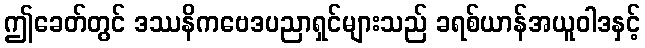
ဤခေတ်တွင် ဒဿနိကဗေဒပညာရှင်များသည် ခရစ်ယာန်အယူဝါဒနှင့်